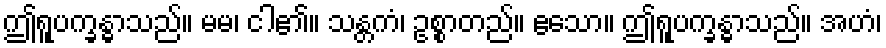
ဤရူပက္ခန္ဓာသည်။ မမ၊ ငါ၏။ သန္တကံ၊ ဥစ္စာတည်။ ဧသော။ ဤရူပက္ခန္ဓာသည်။ အဟံ၊